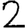
Digit: 2